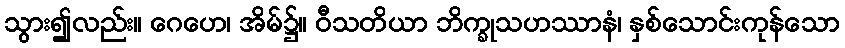
သွား၍လည်း။ ဂေဟေ၊ အိမ်၌။ ဝီသတိယာ ဘိက္ခုသဟဿာနံ၊ နှစ်သောင်းကုန်သော